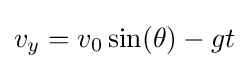
v_{y}=v_{0}\sin(\theta )-gt